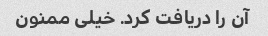
آن را دریافت کرد. خیلی ممنون